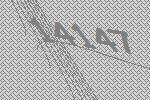
14147